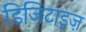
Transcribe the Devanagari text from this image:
डिजिटाइज़